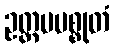
ဥတ္တမမစ္စုတံ